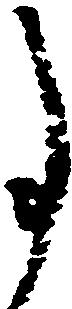
事